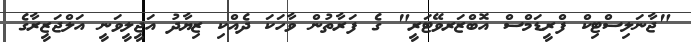
"ޖާނަލިސްޓިކް ފްރީޑަމްސް އޮބްޒަރވޭޓަރީ" ގެ ފަރާތުން ވާހަކަ ދެއްކި ޒިޔާދު އަޖީލީވަނީ އަލްޖަޒީރާގެ